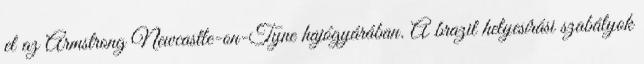
el az Armstrong Newcastle-on-Tyne hajógyárában. A brazil helyesírási szabályok